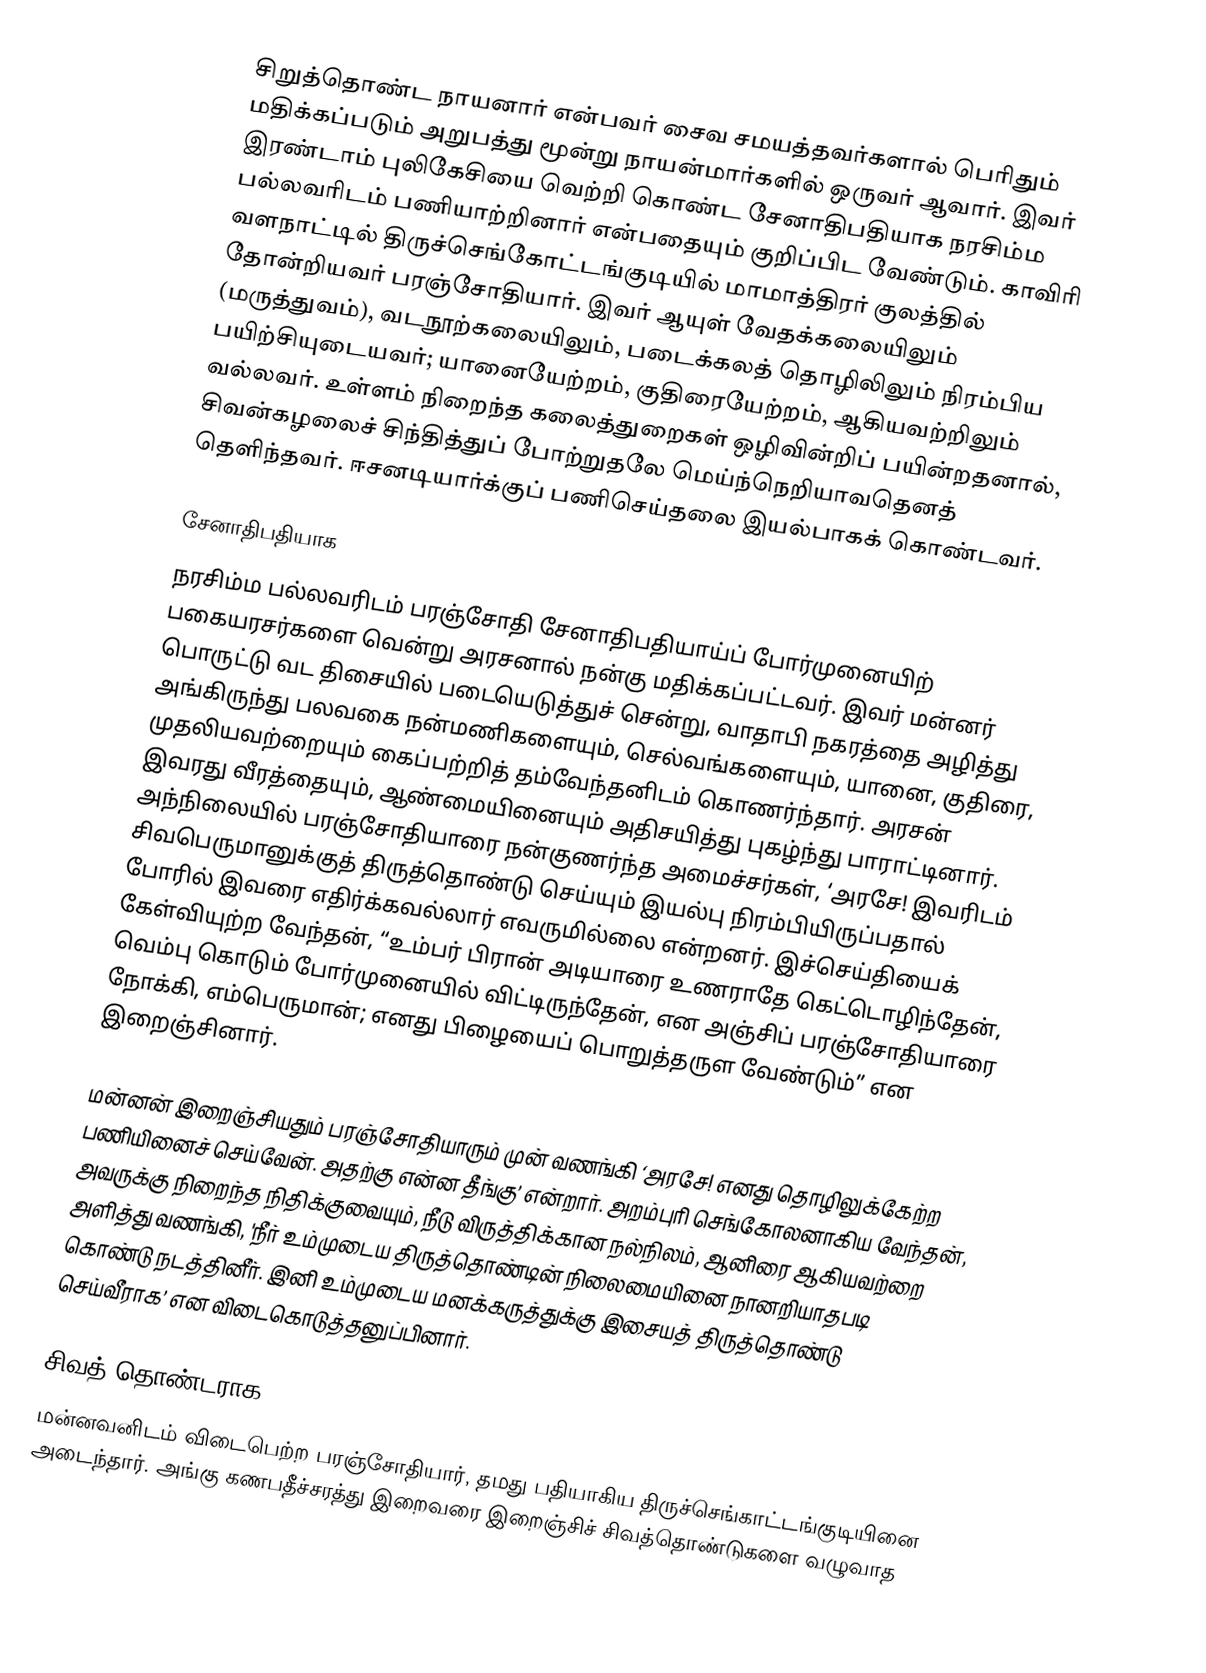
சிறுத்தொண்ட நாயனார் என்பவர் சைவ சமயத்தவர்களால் பெரிதும் மதிக்கப்படும் அறுபத்து மூன்று நாயன்மார்களில் ஒருவர் ஆவார். இவர் இரண்டாம் புலிகேசியை வெற்றி கொண்ட சேனாதிபதியாக நரசிம்ம பல்லவரிடம் பணியாற்றினார் என்பதையும் குறிப்பிட வேண்டும். காவிரி வளநாட்டில் திருச்செங்கோட்டங்குடியில் மாமாத்திரர்  குலத்தில் தோன்றியவர் பரஞ்சோதியார். இவர் ஆயுள் வேதக்கலையிலும் (மருத்துவம்), வடநூற்கலையிலும், படைக்கலத் தொழிலிலும் நிரம்பிய பயிற்சியுடையவர்; யானையேற்றம், குதிரையேற்றம், ஆகியவற்றிலும் வல்லவர். உள்ளம் நிறைந்த கலைத்துறைகள் ஒழிவின்றிப் பயின்றதனால், சிவன்கழலைச் சிந்தித்துப் போற்றுதலே மெய்ந்நெறியாவதெனத் தெளிந்தவர். ஈசனடியார்க்குப் பணிசெய்தலை இயல்பாகக் கொண்டவர்.

சேனாதிபதியாக
நரசிம்ம பல்லவரிடம் பரஞ்சோதி சேனாதிபதியாய்ப் போர்முனையிற் பகையரசர்களை வென்று அரசனால் நன்கு மதிக்கப்பட்டவர். இவர் மன்னர் பொருட்டு வட திசையில் படையெடுத்துச் சென்று, வாதாபி நகரத்தை அழித்து அங்கிருந்து பலவகை நன்மணிகளையும், செல்வங்களையும், யானை, குதிரை, முதலியவற்றையும் கைப்பற்றித் தம்வேந்தனிடம் கொணர்ந்தார். அரசன் இவரது வீரத்தையும், ஆண்மையினையும் அதிசயித்து புகழ்ந்து பாராட்டினார். அந்நிலையில் பரஞ்சோதியாரை நன்குணர்ந்த அமைச்சர்கள், ‘அரசே! இவரிடம் சிவபெருமானுக்குத் திருத்தொண்டு செய்யும் இயல்பு நிரம்பியிருப்பதால் போரில் இவரை எதிர்க்கவல்லார் எவருமில்லை என்றனர். இச்செய்தியைக் கேள்வியுற்ற வேந்தன், “உம்பர் பிரான் அடியாரை உணராதே கெட்டொழிந்தேன், வெம்பு கொடும் போர்முனையில் விட்டிருந்தேன், என அஞ்சிப் பரஞ்சோதியாரை நோக்கி, எம்பெருமான்; எனது பிழையைப் பொறுத்தருள வேண்டும்” என இறைஞ்சினார்.

மன்னன் இறைஞ்சியதும் பரஞ்சோதியாரும் முன் வணங்கி ‘அரசே! எனது தொழிலுக்கேற்ற பணியினைச் செய்வேன். அதற்கு என்ன தீங்கு’ என்றார். அறம்புரி செங்கோலனாகிய வேந்தன், அவருக்கு நிறைந்த நிதிக்குவையும், நீடு விருத்திக்கான நல்நிலம், ஆனிரை ஆகியவற்றை அளித்து வணங்கி, 'நீர் உம்முடைய திருத்தொண்டின் நிலைமையினை நானறியாதபடி கொண்டு நடத்தினீர். இனி உம்முடைய மனக்கருத்துக்கு இசையத் திருத்தொண்டு செய்வீராக’ என விடைகொடுத்தனுப்பினார்.

சிவத் தொண்டராக
மன்னவனிடம் விடைபெற்ற பரஞ்சோதியார், தமது பதியாகிய திருச்செங்காட்டங்குடியினை அடைந்தார். அங்கு கணபதீச்சரத்து இறைவரை இறைஞ்சிச் சிவத்தொண்டுகளை வழுவாத